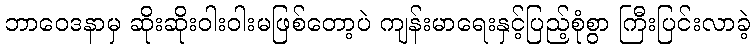
ဘာဝေဒနာမှ ဆိုးဆိုးဝါးဝါးမဖြစ်တော့ပဲ ကျန်းမာရေးနှင့်ပြည့်စုံစွာ ကြီးပြင်းလာခဲ့